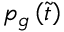
p _ { g } \left( \tilde { t } \right)